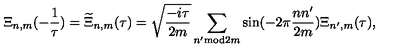
\Xi _ { n , m } ( - \frac { 1 } { \tau } ) = \widetilde { \Xi } _ { n , m } ( \tau ) = \sqrt { \frac { - i \tau } { 2 m } } \sum _ { n ^ { \prime } \mathrm { m o d } 2 m } \sin ( - 2 \pi \frac { n n ^ { \prime } } { 2 m } ) \Xi _ { n ^ { \prime } , m } ( \tau ) ,